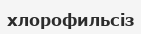
хлорофильсіз